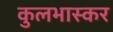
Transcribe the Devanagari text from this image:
कुलभास्कर